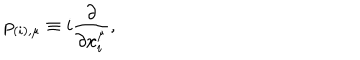
p _ { ( i ) , \mu } \equiv i \frac { \partial } { \partial x _ { i } ^ { \mu } } ,